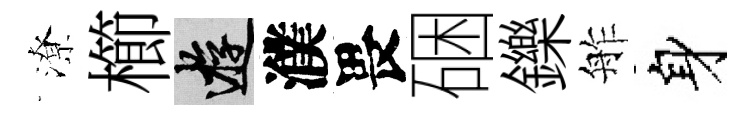
潦櫛游濮畏硱鑠舴身